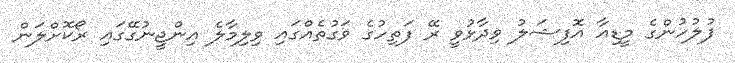
ފުލުހުންގެ މީޑިއާ އޮފިޝަލު ވިދާޅުވީ ރޭ ފަތިހުގެ ވަގުތެއްގައި ވިލިމާލެ އިންޖީނުގޭގައި ރޯކޮށްލަން